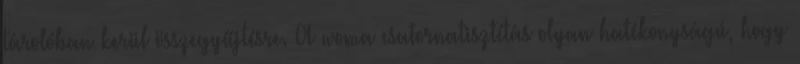
tárolóban kerül összegyűjtésre. A woma csatornatisztítás olyan hatékonyságú, hogy